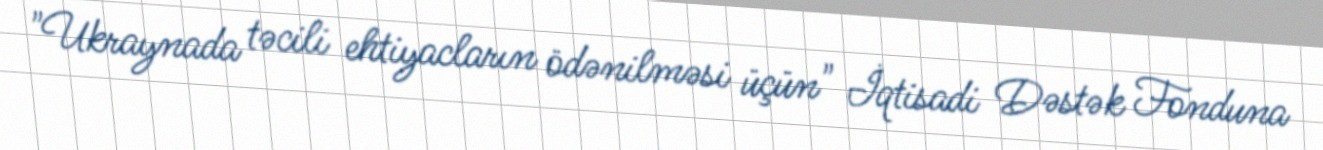
"Ukraynada təcili ehtiyacların ödənilməsi üçün" İqtisadi Dəstək Fonduna